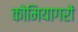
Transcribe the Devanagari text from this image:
कोमियागरों